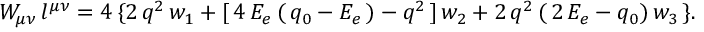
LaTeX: W _ { \mu \nu } \, l ^ { \mu \nu } = 4 \, \{ 2 \, q ^ { 2 } \, w _ { 1 } + [ \, 4 \, E _ { e } \, ( \, q _ { 0 } - E _ { e } \, ) - q ^ { 2 } \, ] \, w _ { 2 } + 2 \, q ^ { 2 } \, ( \, 2 \, E _ { e } - q _ { 0 } ) \, w _ { 3 } \, \} .